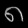
Digit: ၈